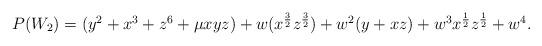
LaTeX: \begin{align*}\begin {array}{lcr} P(W_2)= (y^2+x^3+z^6+ \mu xyz)+ w(x ^{{3\over 2}}z^{{3\over 2}})+w^2(y+xz) +w^3 x ^{{1\over2}}z^{{1\over 2}}+w^4. \end{array}\end{align*}